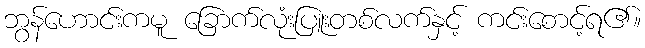
ဘွန်ဟောင်းကမူ ခြောက်လုံးပြူးတစ်လက်နှင့် ကင်းစောင့်ရ၏။